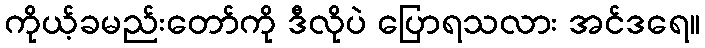
ကိုယ့်ခမည်းတော်ကို ဒီလိုပဲ ပြောရသလား အင်ဒရေ။